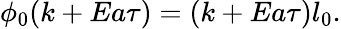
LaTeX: \phi_{0}(k+Ea\tau)=(k+Ea\tau)l_{0}.